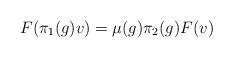
LaTeX: \begin{align*}F(\pi_1(g)v)=\mu(g) \pi_2(g) F(v)\end{align*}